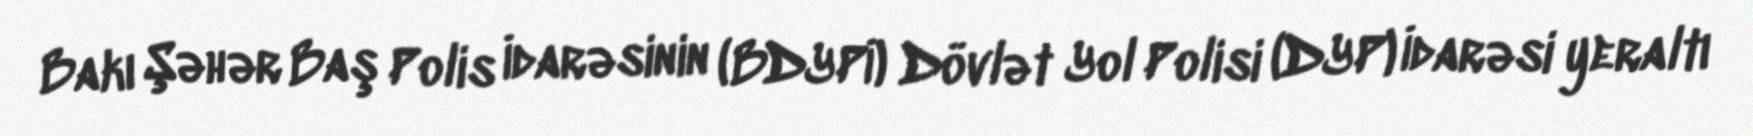
Bakı Şəhər Baş Polis İdarəsinin (BDYPİ) Dövlət Yol Polisi (DYP) İdarəsi yeraltı